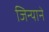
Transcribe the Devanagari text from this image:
जिन्याने